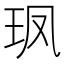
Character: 𮴇